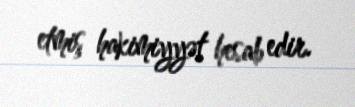
etmiş hakimiyyət hesab edir.